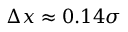
\Delta x \approx 0 . 1 4 \sigma